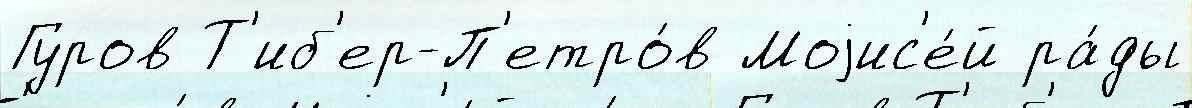
Гуров Т'иб'ер-П'етро́в Моjис'е́й ра́ды